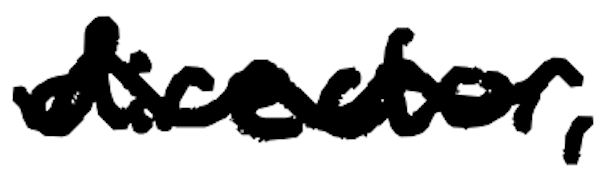
Text: director,
Cross-out: mix
Writing tool: digital_black